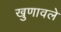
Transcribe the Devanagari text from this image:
खुणावले